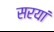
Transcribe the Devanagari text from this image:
सरयां